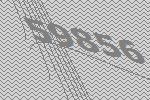
59856